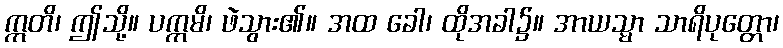
ဣတိ၊ ဤသို့။ ပက္ကမိ၊ ဖဲသွား၏။ အထ ခေါ၊ ထိုအခါ၌။ အာယသ္မာ သာရိပုတ္တော၊